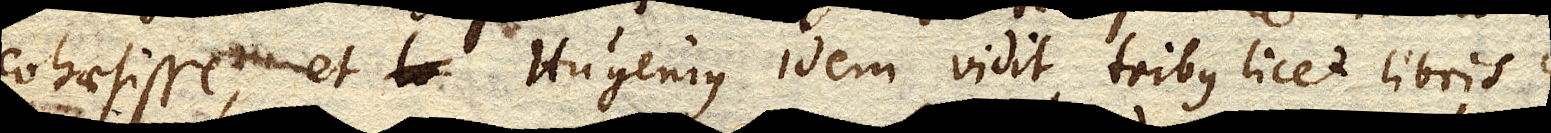
cohaesisse, et Hugenius idem vidit tribus licet libris